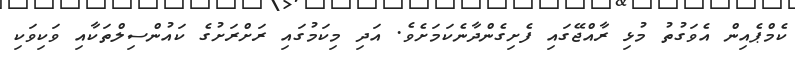
ކެމްޕެއިން އެވަގުތު މުޅި ރާއްޖޭގައި ފެށިގެންދާނެކަމަށެވެ. އަދި މިކަމުގައި ރަށްރަށުގެ ކައުންސިލްތަކާއި ވަކިވަކި